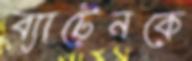
ব্যাটেনকে